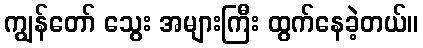
ကျွန်တော် သွေး အများကြီး ထွက်နေခဲ့တယ်။